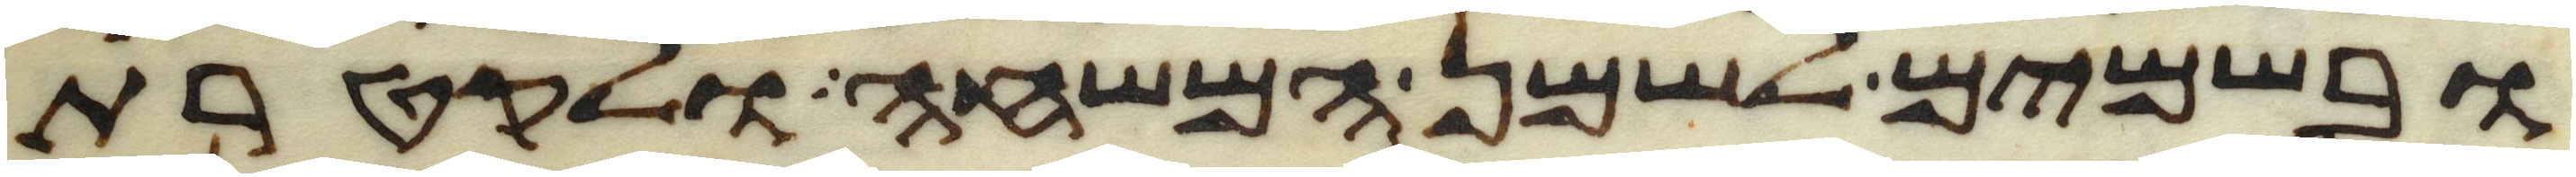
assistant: ובשמים לשמן המשחה ולקטרת